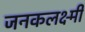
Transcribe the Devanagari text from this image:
जनकलक्ष्मी